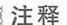
注释